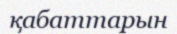
қабаттарын